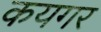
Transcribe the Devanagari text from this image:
कयगर